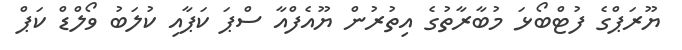
ޔޫރަޕްގެ ފުޓްބޯޅަ މުބާރާތުގެ އިތުރުން ޔޫއެފްއާ ސްޕަ ކަޕާއި ކުލަބު ވޯލްޑް ކަޕް